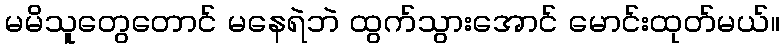
မမိသူတွေတောင် မနေရဲဘဲ ထွက်သွားအောင် မောင်းထုတ်မယ်။